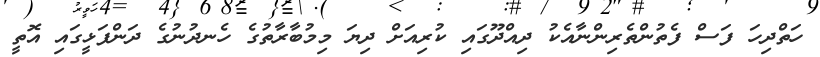
ހަތްދިހަ ފަސް ފެތުންތެރިންނާއެކު ދިއްދޫގައި ކުރިއަށް ދިޔަ މިމުބާރާތުގެ ހެނދުނުގެ ދަންފަޅީގައި އޮތީ